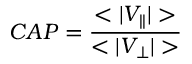
C A P = \frac { < | V _ { | | } | > } { < | V _ { \bot } | > }